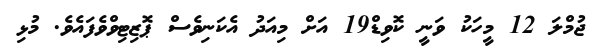
ޖުމްލަ 12 މީހަކު ވަނީ ކޮވިޑް19 އަށް މިއަދު އެކަނިވެސް ޕޮޒިޓިވްވެފައެވެ. މުޅި